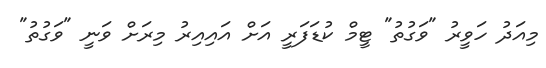
މިއަދު ހަވީރު "ވަގުތު" ޓީމް ކުޑަފަރީ އަށް އައިއިރު މިރަށް ވަނީ "ވަގުތު"